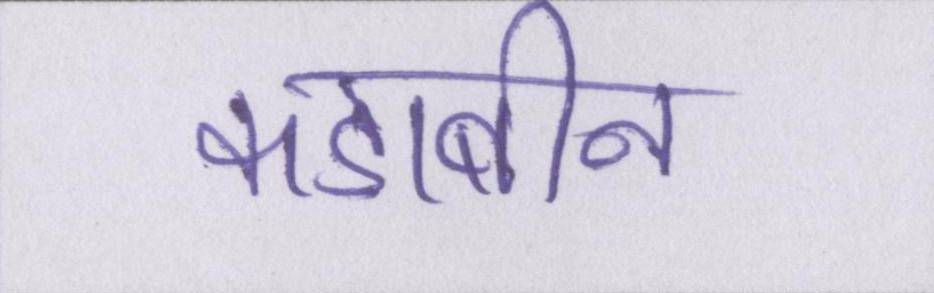
कडाबीन